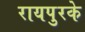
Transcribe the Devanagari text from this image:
रायपुरके